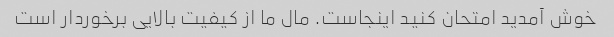
خوش آمدید امتحان کنید اینجاست. مال ما از کیفیت بالایی برخوردار است